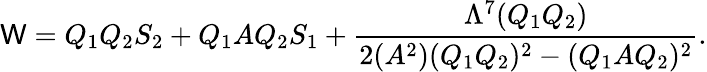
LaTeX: \mathsf{W}=Q_{1}Q_{2}S_{2}+Q_{1}AQ_{2}S_{1}+\frac{{\Lambda^{7}(Q_{1}Q_{2})}}{{2(A^{2})(Q_{1}Q_{2})^{2}-(Q_{1}AQ_{2})^{2}}}.